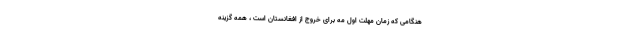
هنگامی که زمان مهلت اول مه برای خروج از افغانستان است ، همه گزینه